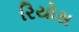
રિયોસ